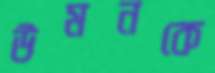
উমনকে